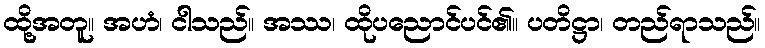
ထို့အတူ။ အဟံ၊ ငါသည်။ အဿ၊ ထိုပညောင်ပင်၏။ ပတိဋ္ဌာ၊ တည်ရာသည်။